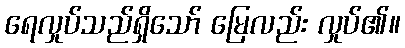
ရေလှုပ်သည်ရှိသော် မြေလည်း လှုပ်၏။